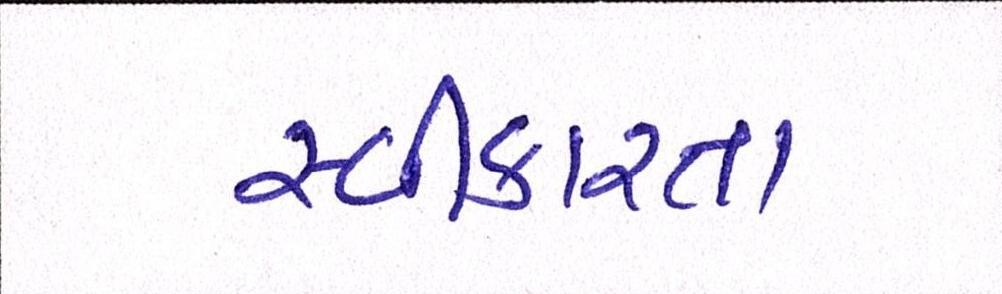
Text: સ્વીકારતા